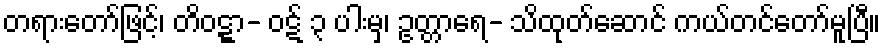
တရားတော်ဖြင့်၊ တိဝဋ္ဋာ- ဝဋ် ၃ ပါးမှ၊ ဥတ္တာရေ- သိထုတ်ဆောင် ကယ်တင်တော်မူပြီ။